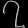
Digit: ၇